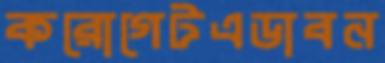
করোগেটএডাবন